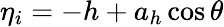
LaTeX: \eta_{i}=-h+a_{h}\cos\theta